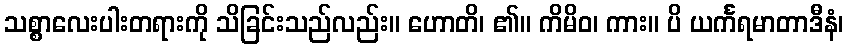
သစ္စာလေးပါးတရားကို သိခြင်းသည်လည်း။ ဟောတိ၊ ၏။ ကိမိဝ၊ ကား။ ပိ ယင်္ကရမာတာဒီနံ၊